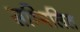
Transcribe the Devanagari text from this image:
सम्‍मिलित